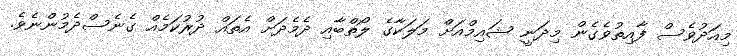
މިއަދުވެސް ފާއިތުވެގެން މިދަނީ ޝައިމްއަށް މަލަކާގެ ލޯތްބާއި ދެމެދަށް އެތައް ދުރުކަމެއް ގެނެސްދެމުންނެވެ.